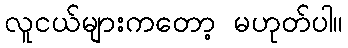
လူငယ်များကတော့ မဟုတ်ပါ။